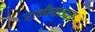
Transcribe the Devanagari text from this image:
रानीमाजरा